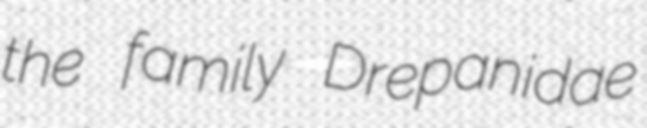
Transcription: the family Drepanidae